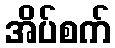
အိပ်စက်